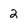
Character: 2